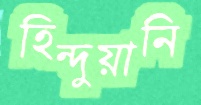
হিন্দুয়ানি